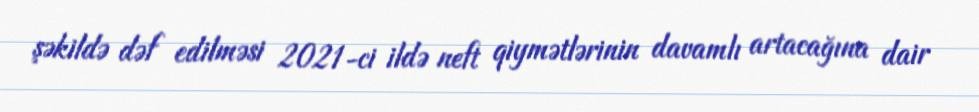
şəkildə dəf edilməsi 2021-ci ildə neft qiymətlərinin davamlı artacağına dair